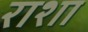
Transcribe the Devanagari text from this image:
राशा